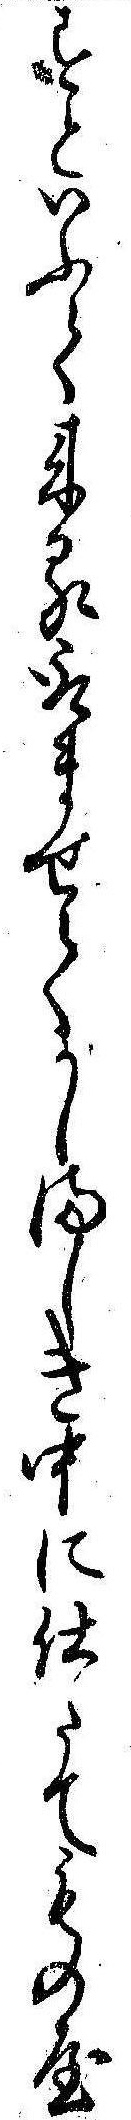
すといふて来る取ませてかしましき中に仕たてもの屋